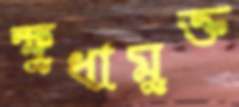
ক্ষুধামুক্ত